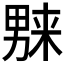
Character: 𱰼